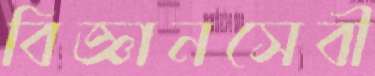
বিজ্ঞানসেবী